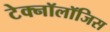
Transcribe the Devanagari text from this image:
टेक्नॉलॉजिस